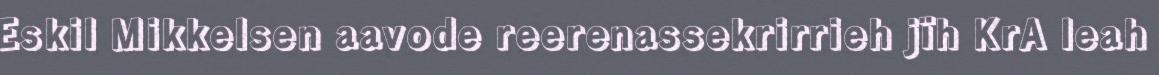
Eskil Mikkelsen aavode reerenassekrirrieh jïh KrA leah